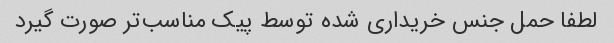
لطفا حمل جنس خریداری شده توسط پیک‌ مناسب‌تر صورت گیرد